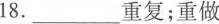
18.___重复；重做